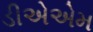
ડીએએમ